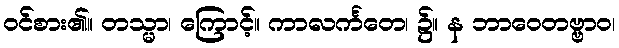
ဝင်စား၏။ တသ္မာ၊ ကြောင့်။ ကာလင်္ကတေ၊ ၌။ န ဘာဝေတဗ္ဗာဝ၊